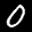
Digit: 0